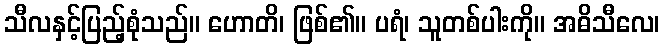
သီလနှင့်ပြည့်စုံသည်။ ဟောတိ၊ ဖြစ်၏။ ပရံ၊ သူတစ်ပါးကို။ အဓိသီလေ၊